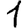
Digit: 1